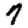
Digit: 7